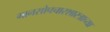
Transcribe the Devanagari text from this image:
मानसोपचारशास्त्राच्या